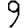
Digit: 9